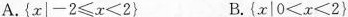
A.$$\left\{x|-2\leqslant x<2\right\} $$B.$$\left\{x|0<x<2\right\}$$